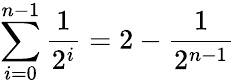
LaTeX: \sum_{i=0}^{n-1}{\frac{1}{2^{i}}}=2-{\frac{1}{2^{n-1}}}